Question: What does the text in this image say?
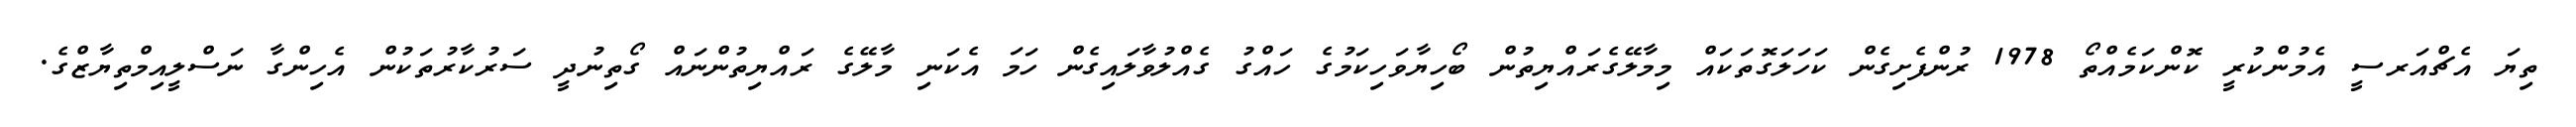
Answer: ތިޔަ އެޗްއަރސީ އެމުންކުރީ ކޮންކަމެއްތޯ 1978 ރުންފެށިގެން ކަހަލަގޮތަކައް މިމާލޭގެރައްޔިތުން ބޯހިޔާވަހިކަމުގެ ހައްގު ގެއްލުވާލައިގެން ހަމަ އެކަނި މާލޭގެ ރައްޔިތުންނައް ގޯތިނުދީ ސަރުކާރުތަކުން އެހިންގާ ނަސްލީއިމްތިޔާޒްގެ.